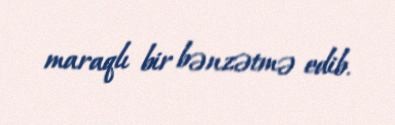
maraqlı bir bənzətmə edib.